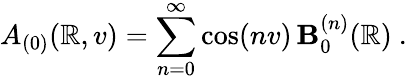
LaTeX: A_{(0)}(\mathbb{R},v)=\sum_{n=0}^{\infty}\cos(nv)\, \mathbf{B}_{0}^{(n)}(\mathbb{R})\ .